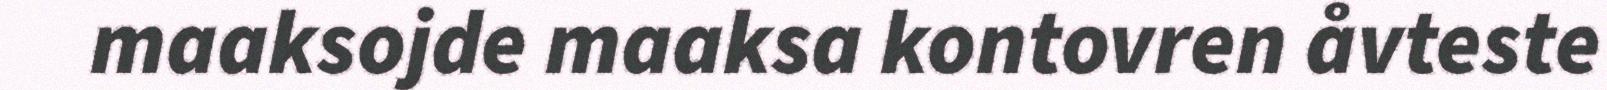
maaksojde maaksa kontovren åvteste